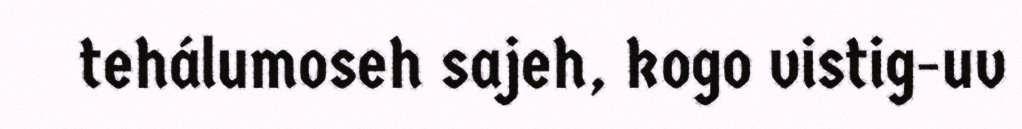
tehálumoseh sajeh, kogo vistig-uv